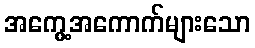
အကွေ့အကောက်များသော